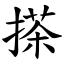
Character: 搽